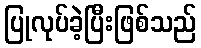
ပြုလုပ်ခဲ့ပြီးဖြစ်သည်